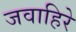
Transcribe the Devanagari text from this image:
जवाहिरे